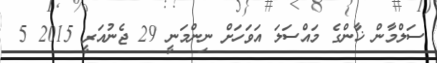
ސަލްމާން ޚާންގެ މައްސަލަ އަވަހަށް ނިންމަނީ 29 ޖެނުއަރީ 2015 5